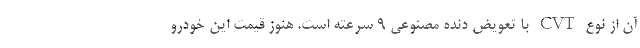
آن از نوع CVT با تعویض دنده مصنوعی ۹ سرعته است. هنوز قیمت این خودرو